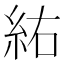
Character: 𮈆